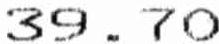
39.70